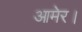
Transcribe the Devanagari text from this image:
आमेर।